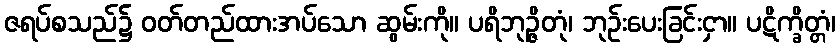
ဇရပ်စသည်၌ ဝတ်တည်ထားအပ်သော ဆွမ်းကို။ ပရိဘုဉ္ဇိတုံ၊ ဘုဉ်းပေးခြင်းငှာ။ ပဋိက္ခိတ္တံ၊